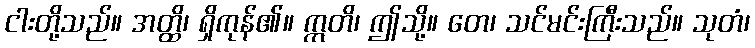
ငါးတို့သည်။ အတ္ထိ၊ ရှိကုန်၏။ ဣတိ၊ ဤသို့။ တေ၊ သင်မင်းကြီးသည်။ သုတံ၊